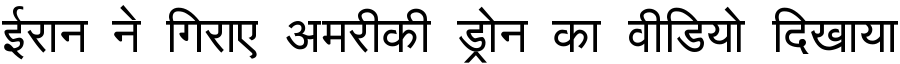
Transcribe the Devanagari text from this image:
ईरान ने गिराए अमरीकी ड्रोन का वीडियो दिखाया